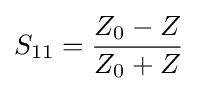
S_{11}={\frac {Z_{0}-Z}{Z_{0}+Z}}